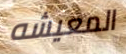
المعيشه